Cholera in southern India
Disease focus: Cholera
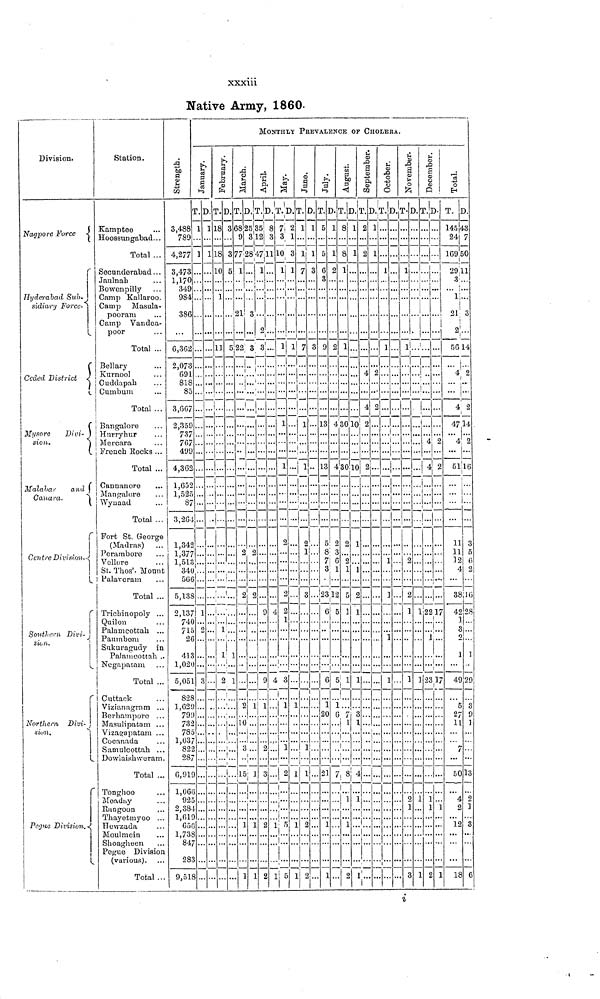
xxxiii
Native Army, 1860-
Division.
Nagpore Force
Hyderabad Sub-
sidiary Force.
Ceded District
Mysore
Divi-
Station.
Kamptee
Hoossungabad...
Total ...
Secunderabad . . .
Jaulnab
Bowenpilly
Camp Kallaroo.
Camp Masula-
pooram
Camp Vandea-
poor
Total ...
Bellary
Kurnool
Cuddapab
Cumbum
Total ...
Bangalore
Hurryhur
sion.
Mercara
Malabar
and
Canara.
Centre Division.
L
l
Southern Divi-
Northern Divi-
sion.
Pegue Division.
French Rocks ...
Total ...
Cannanore
Mangalore
Wynaad
Total ...
Fort St. George
(Madras)
Perambore
Vellore
St. Thos'. Mount
Palaveram
Total ...
Trichinopoly ...
Quilon
Palamcottah ...
Paumbem
Sukuragudy in
Palamcottah ..
Negapatam
Total ...
Cuttack
Vizianagram ...
Berhampore . . .
Masulipatam ...
Vizagapatam ...
Cocanada
Samulcottah ...
Dowlaishweram.
Total ...
Tonghoo
Meaday
Rangoon
Thayetmyoo ...
Hewzada
Moulmein
Shoagheen
Pegue Division
(various).
Total ...
3,488
789
4,277
3,473
1,170
349
984
386
6,362
2,073
691
818
85
3,667
2,359
737
767
499
4,362
1,652
1,520
87
3,264
1,342
1,377
1,513
MONTHLY PREVALENCE OF CHOLERA.
1-5
T.
1
1
...
340...
566
5,138
2,137
740
715
26
413
1,020
5,051
828
1,629
799
732
785
1,037
822
287
6,919
1,066
925
2,384
1,619
650
1,738
847
283
9,518
1
2
3
D.
1
1
...
o
T.
18
18
10
1
11
...
...
L.
D,
3
3
5
5
...!...
1 ...
1 1
2 1
...
T.
68
9
77
1
T.
2535
312
D.
8
3
28 47 11
—
...
21 3
1...
...
2
22 3 3...
...
2
2
2
2
2
...
9
9
1 1
10
......
«
15; 1
1
1
1
1
9
3
2
2
4
T. D.
7 2
3 1
10 3
1 1
1
1
1
2
2
2
1
4 3
!
1
1
2
1
1: 5
.
...
1 5
.
T.
1
1
7
1 7
1
... 1
1
1
1
1
D.
1
1
3
3
2...
1
3
...
1
1
2
2
...
—
...
T.
5
5
6
3
9
13
13
0
8
7
3
D.
1
1
2
2
T.
8
8
1
1
430
D.
1
1
10
4 30 10
2
3
6
1
23 12
6 5
2
2
1
5
1
6
1
20
21
1
1
V
1
1
6 7
. 1
!
.....
7, 8
1
1
2
1
1
2
1
1
3
1
4
1
a
T.
2
2
...
...
4
4
2
2
...
...
1
!
l
D.T.
1
1
2
0
...
1
1
a
D.T-
. i
1
2
1
1
...
...
D. T.
1
l .
•
1
2
2
1
1
2
1
3
...
4
D.
...
T.
145
24
169
D.
13
7
50
29 11
3...
!...
1..
21 3
]
!
2
4 2
...
...
......
1 22 17
1
1
1
..., ...
1
!
[
23
1
1
2
17
1
1
2...
56 14
... ...
4 2
... ...
4 2
47 14
4
51
2
16
11
11
12
4
38
42
1
3
0
1
49
5
27
11
7
50
4
2
12
18
3
5
0
2
16
2 S
...
]
29
3
9
1
13
y
J
3
6